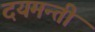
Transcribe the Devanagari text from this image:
दयमन्ती